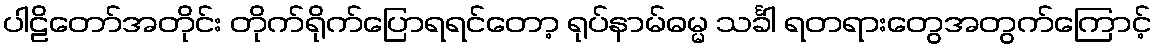
ပါဠိတော်အတိုင်း တိုက်ရိုက်ပြောရရင်တော့ ရုပ်နာမ်ဓမ္မ သင်္ခါ ရတရားတွေအတွက်ကြောင့်